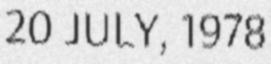
20 JULY, 1978